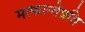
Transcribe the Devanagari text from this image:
मत्कान्तेप्रति